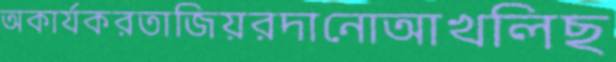
অকার্যকরতাজিয়রদানোআখলিছ